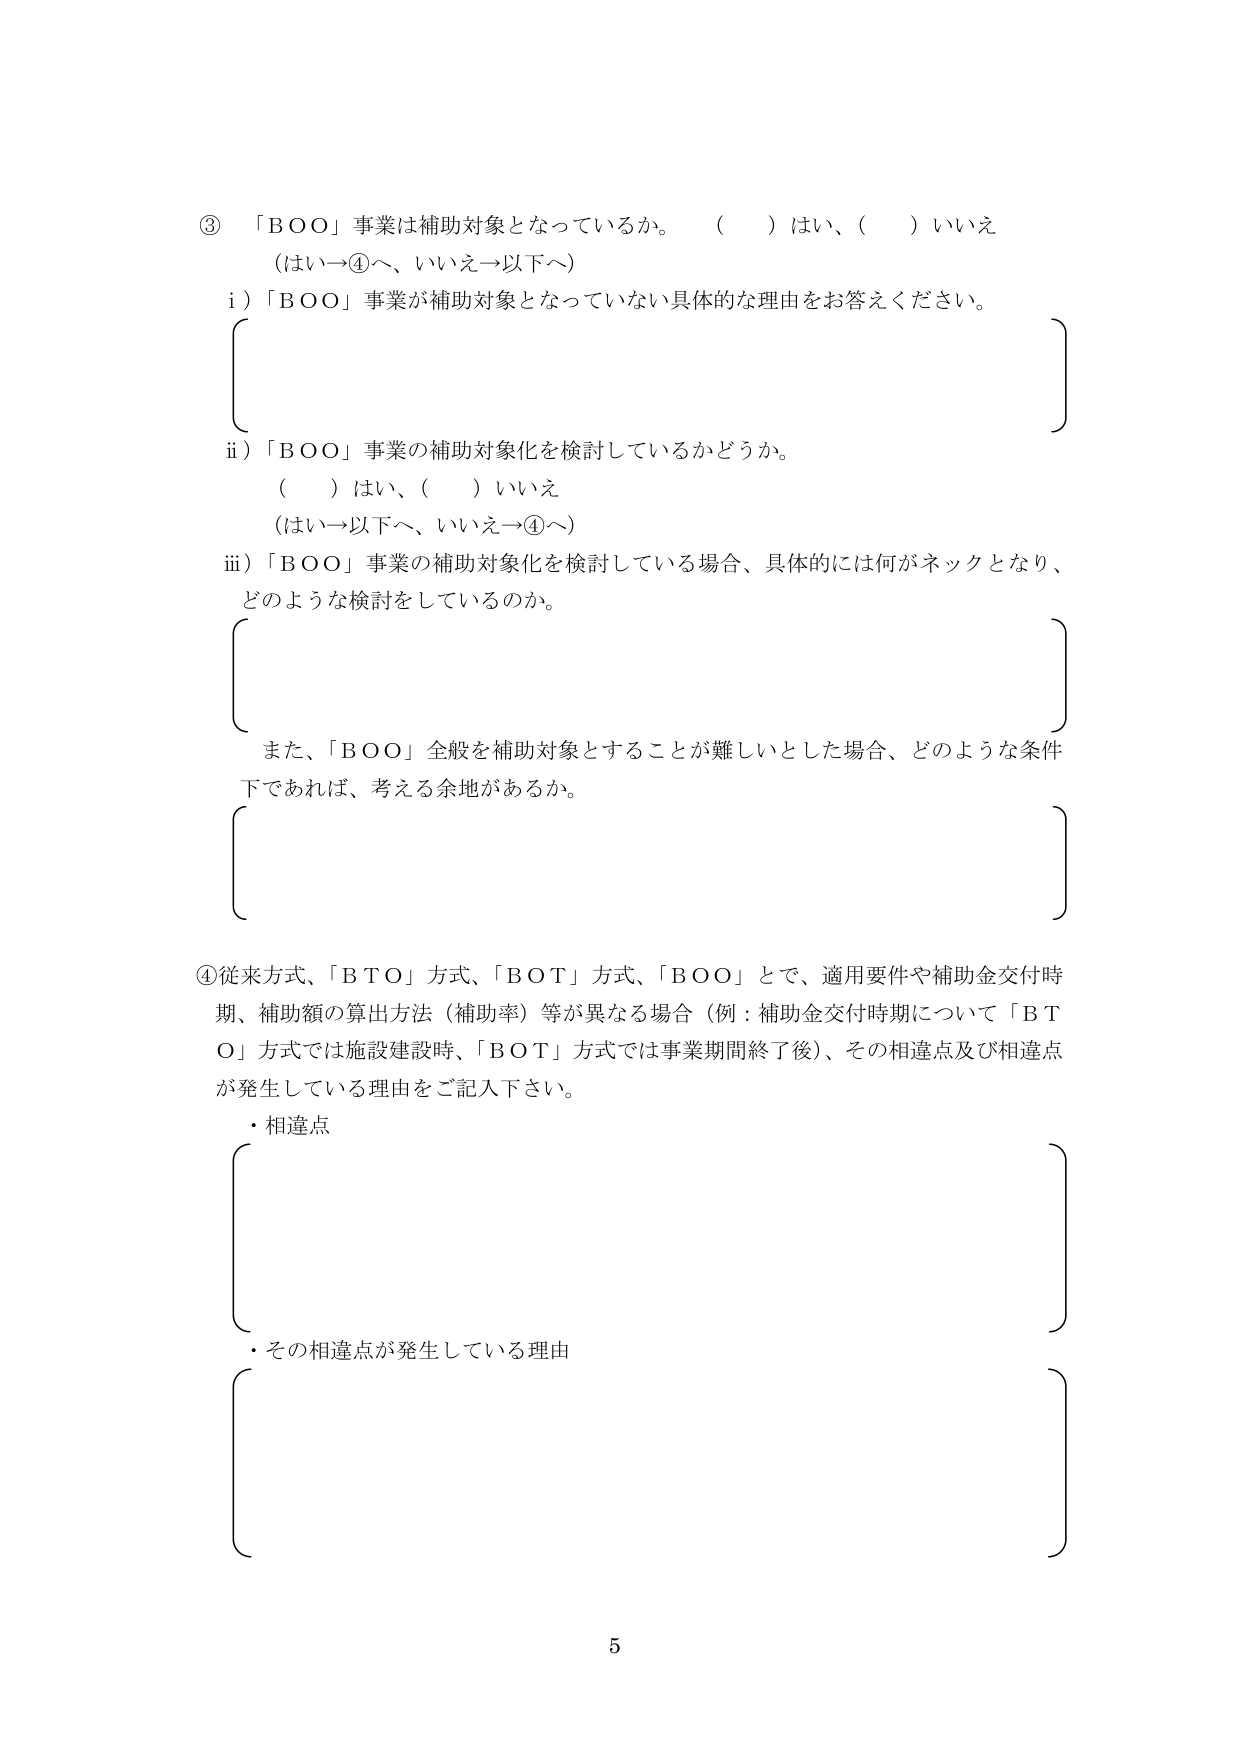
③ 「BOO」事業は補助対象となっているか。 （ ）はい、（ ）いいえ
（はい→④へ、いいえ→以下へ）
i）「BOO」事業が補助対象となっていない具体的な理由をお答えください。

ii）「BOO」事業の補助対象化を検討しているかどうか。
（ ）はい、（ ）いいえ
（はい→以下へ、いいえ→④へ）
iii）「BOO」事業の補助対象化を検討している場合、具体的には何がネックとなり、
どのような検討をしているのか。

また、「BOO」全般を補助対象とすることが難しいとした場合、どのような条件
下であれば、考える余地があるか。

④従来方式、「BTO」方式、「BOT」方式、「BOO」とで、適用要件や補助金交付時期、補助額の算出方法（補助率）等が異なる場合（例：補助金交付時期について「BTO」方式では施設建設時、「BOT」方式では事業期間終了後）、その相違点及び相違点が発生している理由をご記入下さい。
・相違点

・その相違点が発生している理由

5